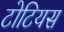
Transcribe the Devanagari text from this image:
टोटियस